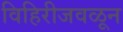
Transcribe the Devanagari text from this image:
विहिरीजवळून